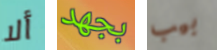
ألا بجهد بيب